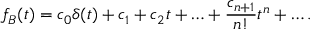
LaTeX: f _ { B } ( t ) = c _ { 0 } \delta ( t ) + c _ { 1 } + c _ { 2 } t + \ldots + { \frac { c _ { n + 1 } } { n ! } } t ^ { n } + \ldots .